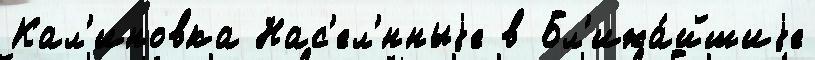
Кал'иновка Нас'ел'́нныjе в Бл'ижа́йшиjе